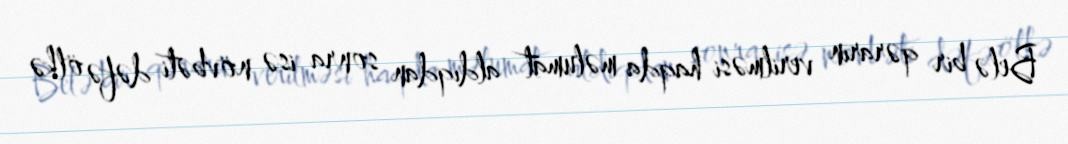
Belə bir qərarın verilməsi haqda məlumat aldıqdan sonra isə növbəti dəfə ölkə